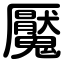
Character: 魘